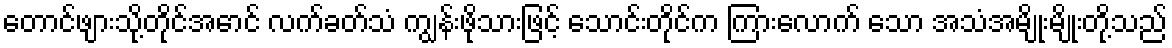
တောင်ဖျားသို့တိုင်အောင် လက်ခတ်သံ ကျွန်းဖိုသားဖြင့် သောင်းတိုင်က ကြားလောက် သော အသံအမျိုးမျိုးတို့သည်